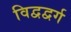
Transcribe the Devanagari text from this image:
विद्वद्वर्ग